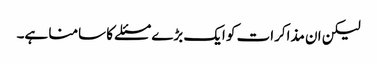
لیکن ان مذاکرات کو ایک بڑے مسئلے کا سامنا ہے۔